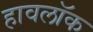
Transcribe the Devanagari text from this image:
हावलॉक